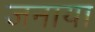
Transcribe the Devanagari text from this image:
जनाया